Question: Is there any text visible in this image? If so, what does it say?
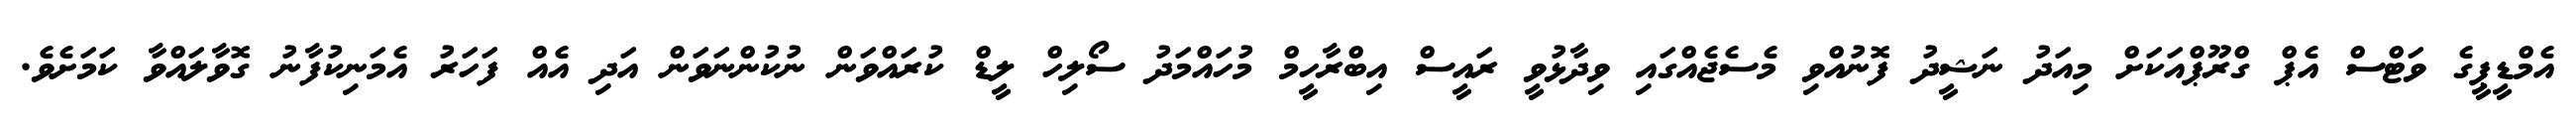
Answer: އެމްޑީޕީގެ ވަޓްސް އެޕް ގްރޫޕްއަކަށް މިއަދު ނަޝީދު ފޮނުއްވި މެސެޖެއްގައި ވިދާޅުވީ ރައީސް އިބްރާހީމް މުހައްމަދު ސޯލިހް ލީޑް ކުރައްވަން ނުކުންނަވަން އަދި އެއް ފަހަރު އެމަނިކުފާނު ގޮވާލައްވާ ކަމަށެވެ.